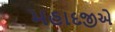
મહાદજીએ